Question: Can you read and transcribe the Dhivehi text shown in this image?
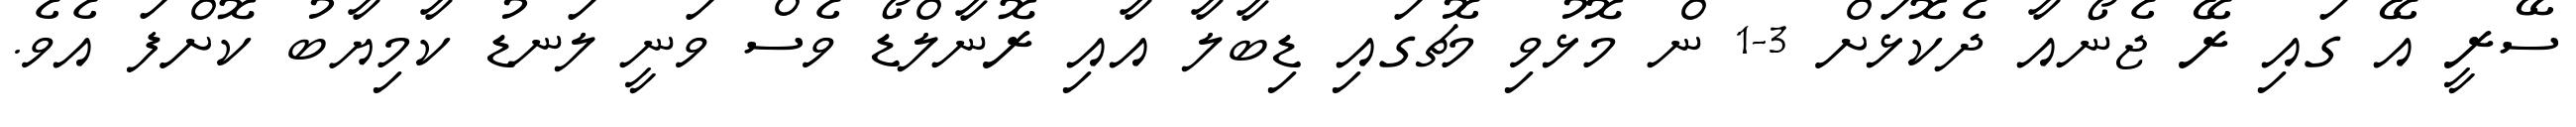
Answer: ސޭރީ އޭ ގައި ރޭ ޖެނޯއާ ދެކޮޅަށް 3-1 ން މޮޅުވި މެޗުގައި ޑިބާލާ އާއި ރޮނާލްޑޯ ވެސް ވަނީ ލަނޑު ކާމިޔާބު ކޮށްފަ އެވެ.